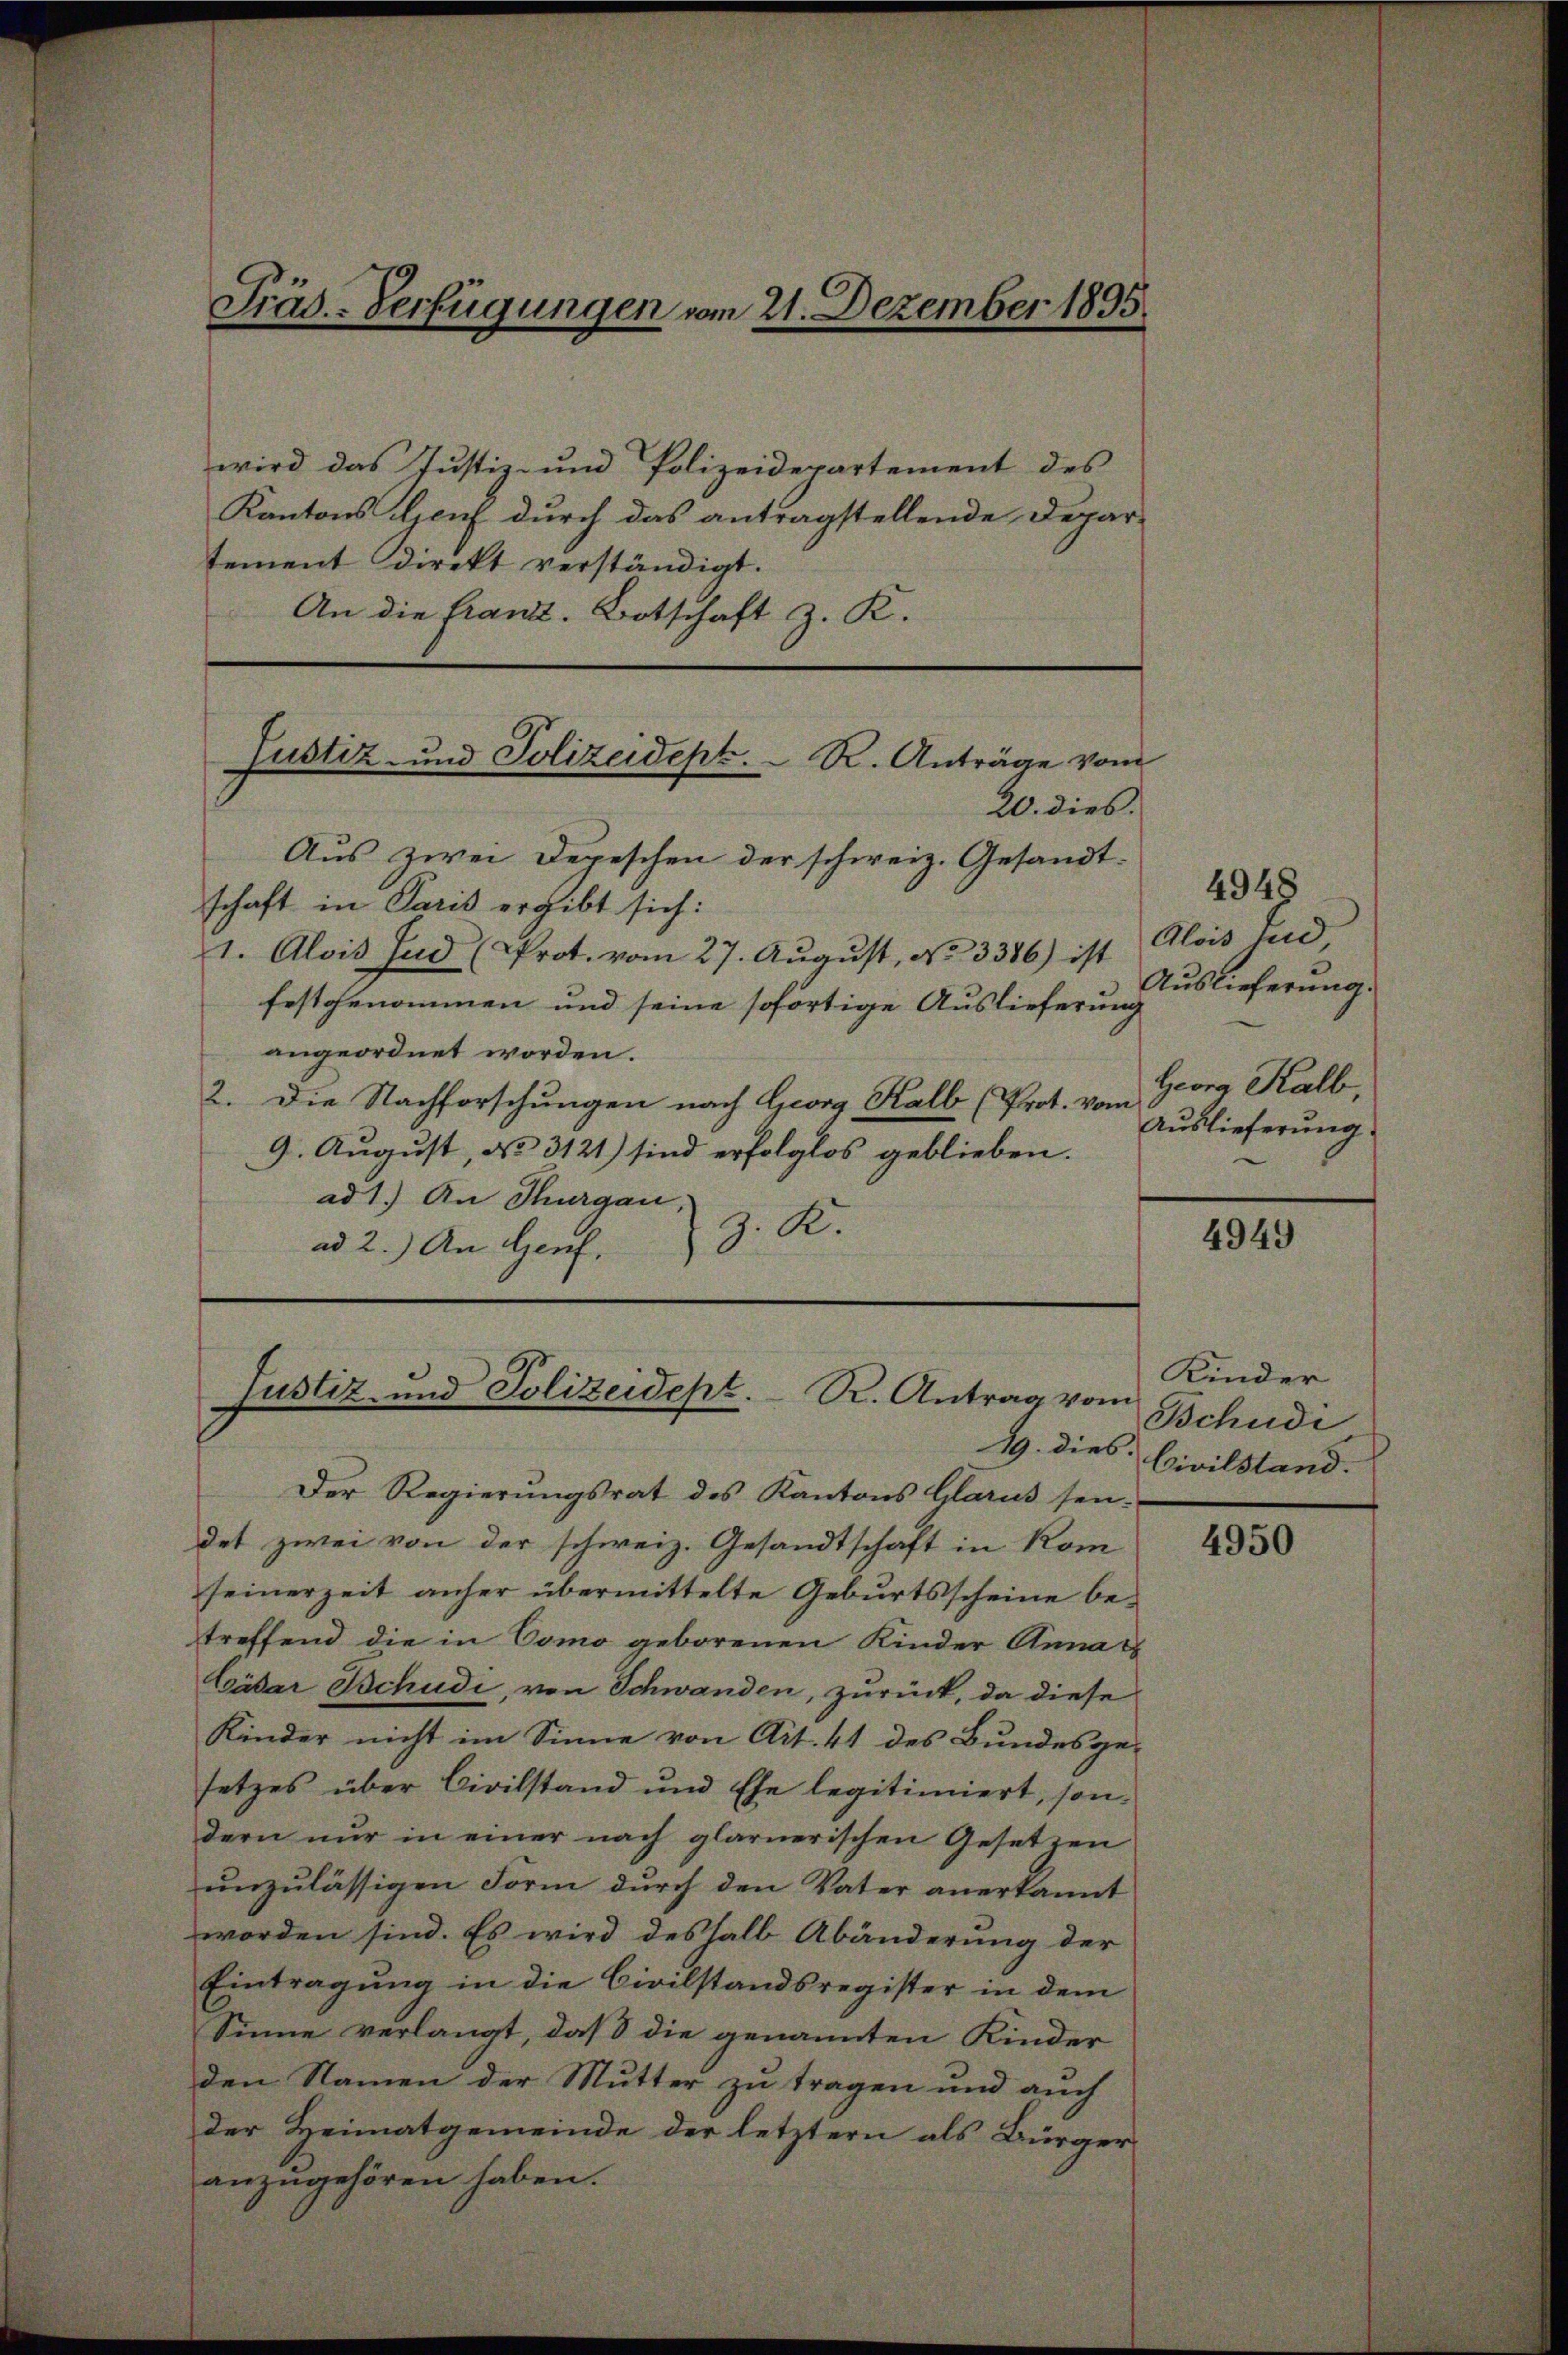
wird das Justiz- und Polizeidepartement des
Kantons Genf durch das antragstellende Depar-
tement direkt verständigt.
An die Franz. Botschaft z. R.

Präs.-Verfügungen vom 21. Dezember 1895.

20. dies.
Aus zwei Depeschen der schweiz. Gesandt-
schaft in Paris ergibt sich:
1. Alois End (Prot. vom 27. Aŭgŭst, No 3386) ist
festgenommen und seine sofortige Auslieferung
angeordnet worden.
2. Die Nachforschungen nach Georg Kalb (Prot. vom
9. August, No 3121) sind erfolglos geblieben.
ad 1.) An Thurgau,
J. R.
ad 2.) An Genf.

Justiz- und Polizeidept. R. Anträge vom

Justiz- und Polizeidept. R. Antrag vom
19. dies.

Der Regierŭngsrat des Kantons Glarus sei-
det zwei von der schweiz. Gesandtschaft in Kom
seinerzeit anher übermittelte Geburtsscheine betreffend die in Como geborenen Kinder Anna
Cäsar Bchudi, von Schwanden, zurück, da diese
Kinder nicht im Sinne von Art. 41 des Bundesgesetzes über Civilstand und Ehe legitimiert, son-
dern nur in einer nach glarnerischen Gesetzen
unzulässigen Form durch den Vater anerkannt
worden sind. Es wird deshalb Abänderung der
Eintragung in die Civilstandsregister in dem
Sinne verlangt, daß die genannten Kinder
den Namen der Mutter zu tragen und auch
der Heimatgemeinde der letztern als Bürger-
anzugehören haben.

4948
Alois jud,
Auslieferung.
Georg Kalb,
Auslieferung

4949

Kinder
Bchudi
Civilstand.

4950